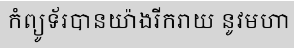
កំព្យូទ័របានយ៉ាងរីករាយ នូវមហា